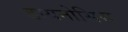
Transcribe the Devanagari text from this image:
डायनोसिस